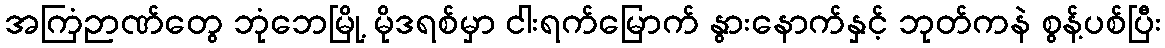
အကြံဉာဏ်တွေ ဘုံဘေမြို့ မိုဒရစ်မှာ ငါးရက်မြောက် နွားနောက်နှင့် ဘုတ်ကနဲ စွန့်ပစ်ပြီး